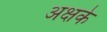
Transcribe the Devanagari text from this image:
अक्षके